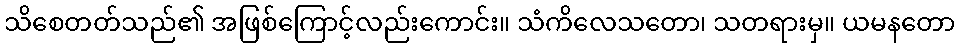
သိစေတတ်သည်၏ အဖြစ်ကြောင့်လည်းကောင်း။ သံကိလေသတော၊ သတရားမှ။ ယမနတော